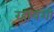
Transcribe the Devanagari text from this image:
रहायशी